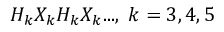
H _ { k } X _ { k } H _ { k } X _ { k } . . . , \; k = 3 , 4 , 5